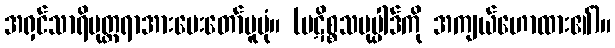
အရှင်သာရိပုတ္တရာအားမေးတော်မူပုံ။ (ပဋိစ္စသမုပ္ပါဒ်ကို အကျယ်ဟောထား၏)။